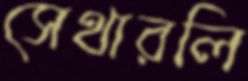
সেথারলি